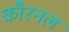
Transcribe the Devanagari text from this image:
कौरनल